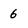
Character: 6